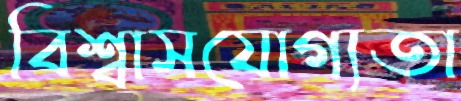
বিশ্বাসযোগ্যতা